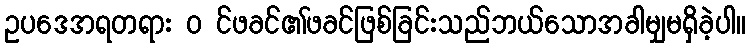
ဥပဒေအရတရား ၀ င်ဖခင်၏ဖခင်ဖြစ်ခြင်းသည်ဘယ်သောအခါမျှမရှိခဲ့ပါ။